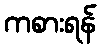
ကစားရန်